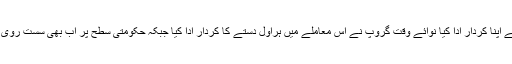
قومی میڈیا نے اپنا کردار ادا کیا نوائے وقت گروپ نے اس معاملے میں ہراول دستے کا کردار ادا کیا جبکہ حکومتی سطح پر اب بھی سست روی نظر آتی ہے۔